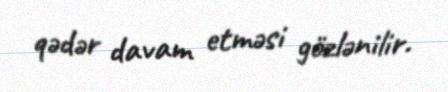
qədər davam etməsi gözlənilir.